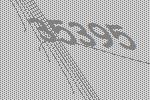
35395